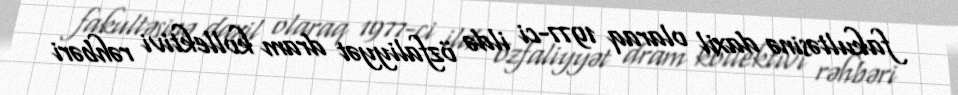
fakultəsinə daxil olaraq 1977-ci ildə özfaliyyət dram kollektivi rəhbəri